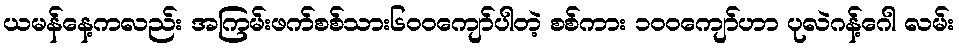
ယမန်နေ့ကလည်း အကြမ်းဖက်စစ်သား၆၀၀ကျော်ပါတဲ့ စစ်ကား ၁၀၀ကျော်ဟာ ပုလဲဂန့်ဂေါ လမ်း